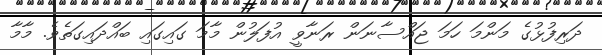
ދަރިފުޅުގެ މަންމަ ހަމަ ޖައްސާނަން ރަނާވީ އުފަލުން މާމަ ގައިގައި ބައްދައިގަތެވެ. މާމާ